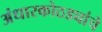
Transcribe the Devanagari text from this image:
अंधारकोठड्यांचे